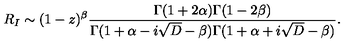
R _ { I } \sim ( 1 - z ) ^ { \beta } { \frac { \Gamma ( 1 + 2 \alpha ) \Gamma ( 1 - 2 \beta ) } { \Gamma ( 1 + \alpha - i \sqrt { D } - \beta ) \Gamma ( 1 + \alpha + i \sqrt { D } - \beta ) } } .